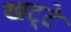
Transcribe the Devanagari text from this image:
खट्‌टे